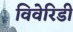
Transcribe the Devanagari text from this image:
विवेरिडी